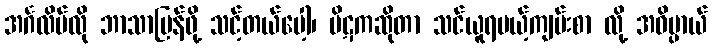
အင်္ဂလိပ်လို ဘာသာပြန်ဖို့ သင့်တယ်ပေါ့၊ ပိဋကဆိုတာ သင်ယူရမယ့်ကျမ်းစာ လို့ အဓိပ္ပာယ်